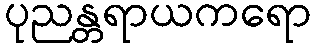
ပုညန္တရာယကရော